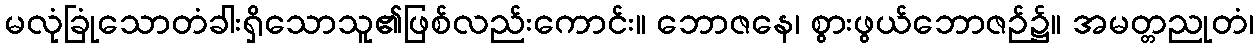
မလုံခြုံသောတံခါးရှိသောသူ၏ဖြစ်လည်းကောင်း။ ဘောဇနေ၊ စွားဖွယ်ဘောဇဉ်၌။ အမတ္တညုတံ၊